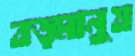
বড়মানুষ